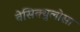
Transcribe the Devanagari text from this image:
वेसिक्युलोसा